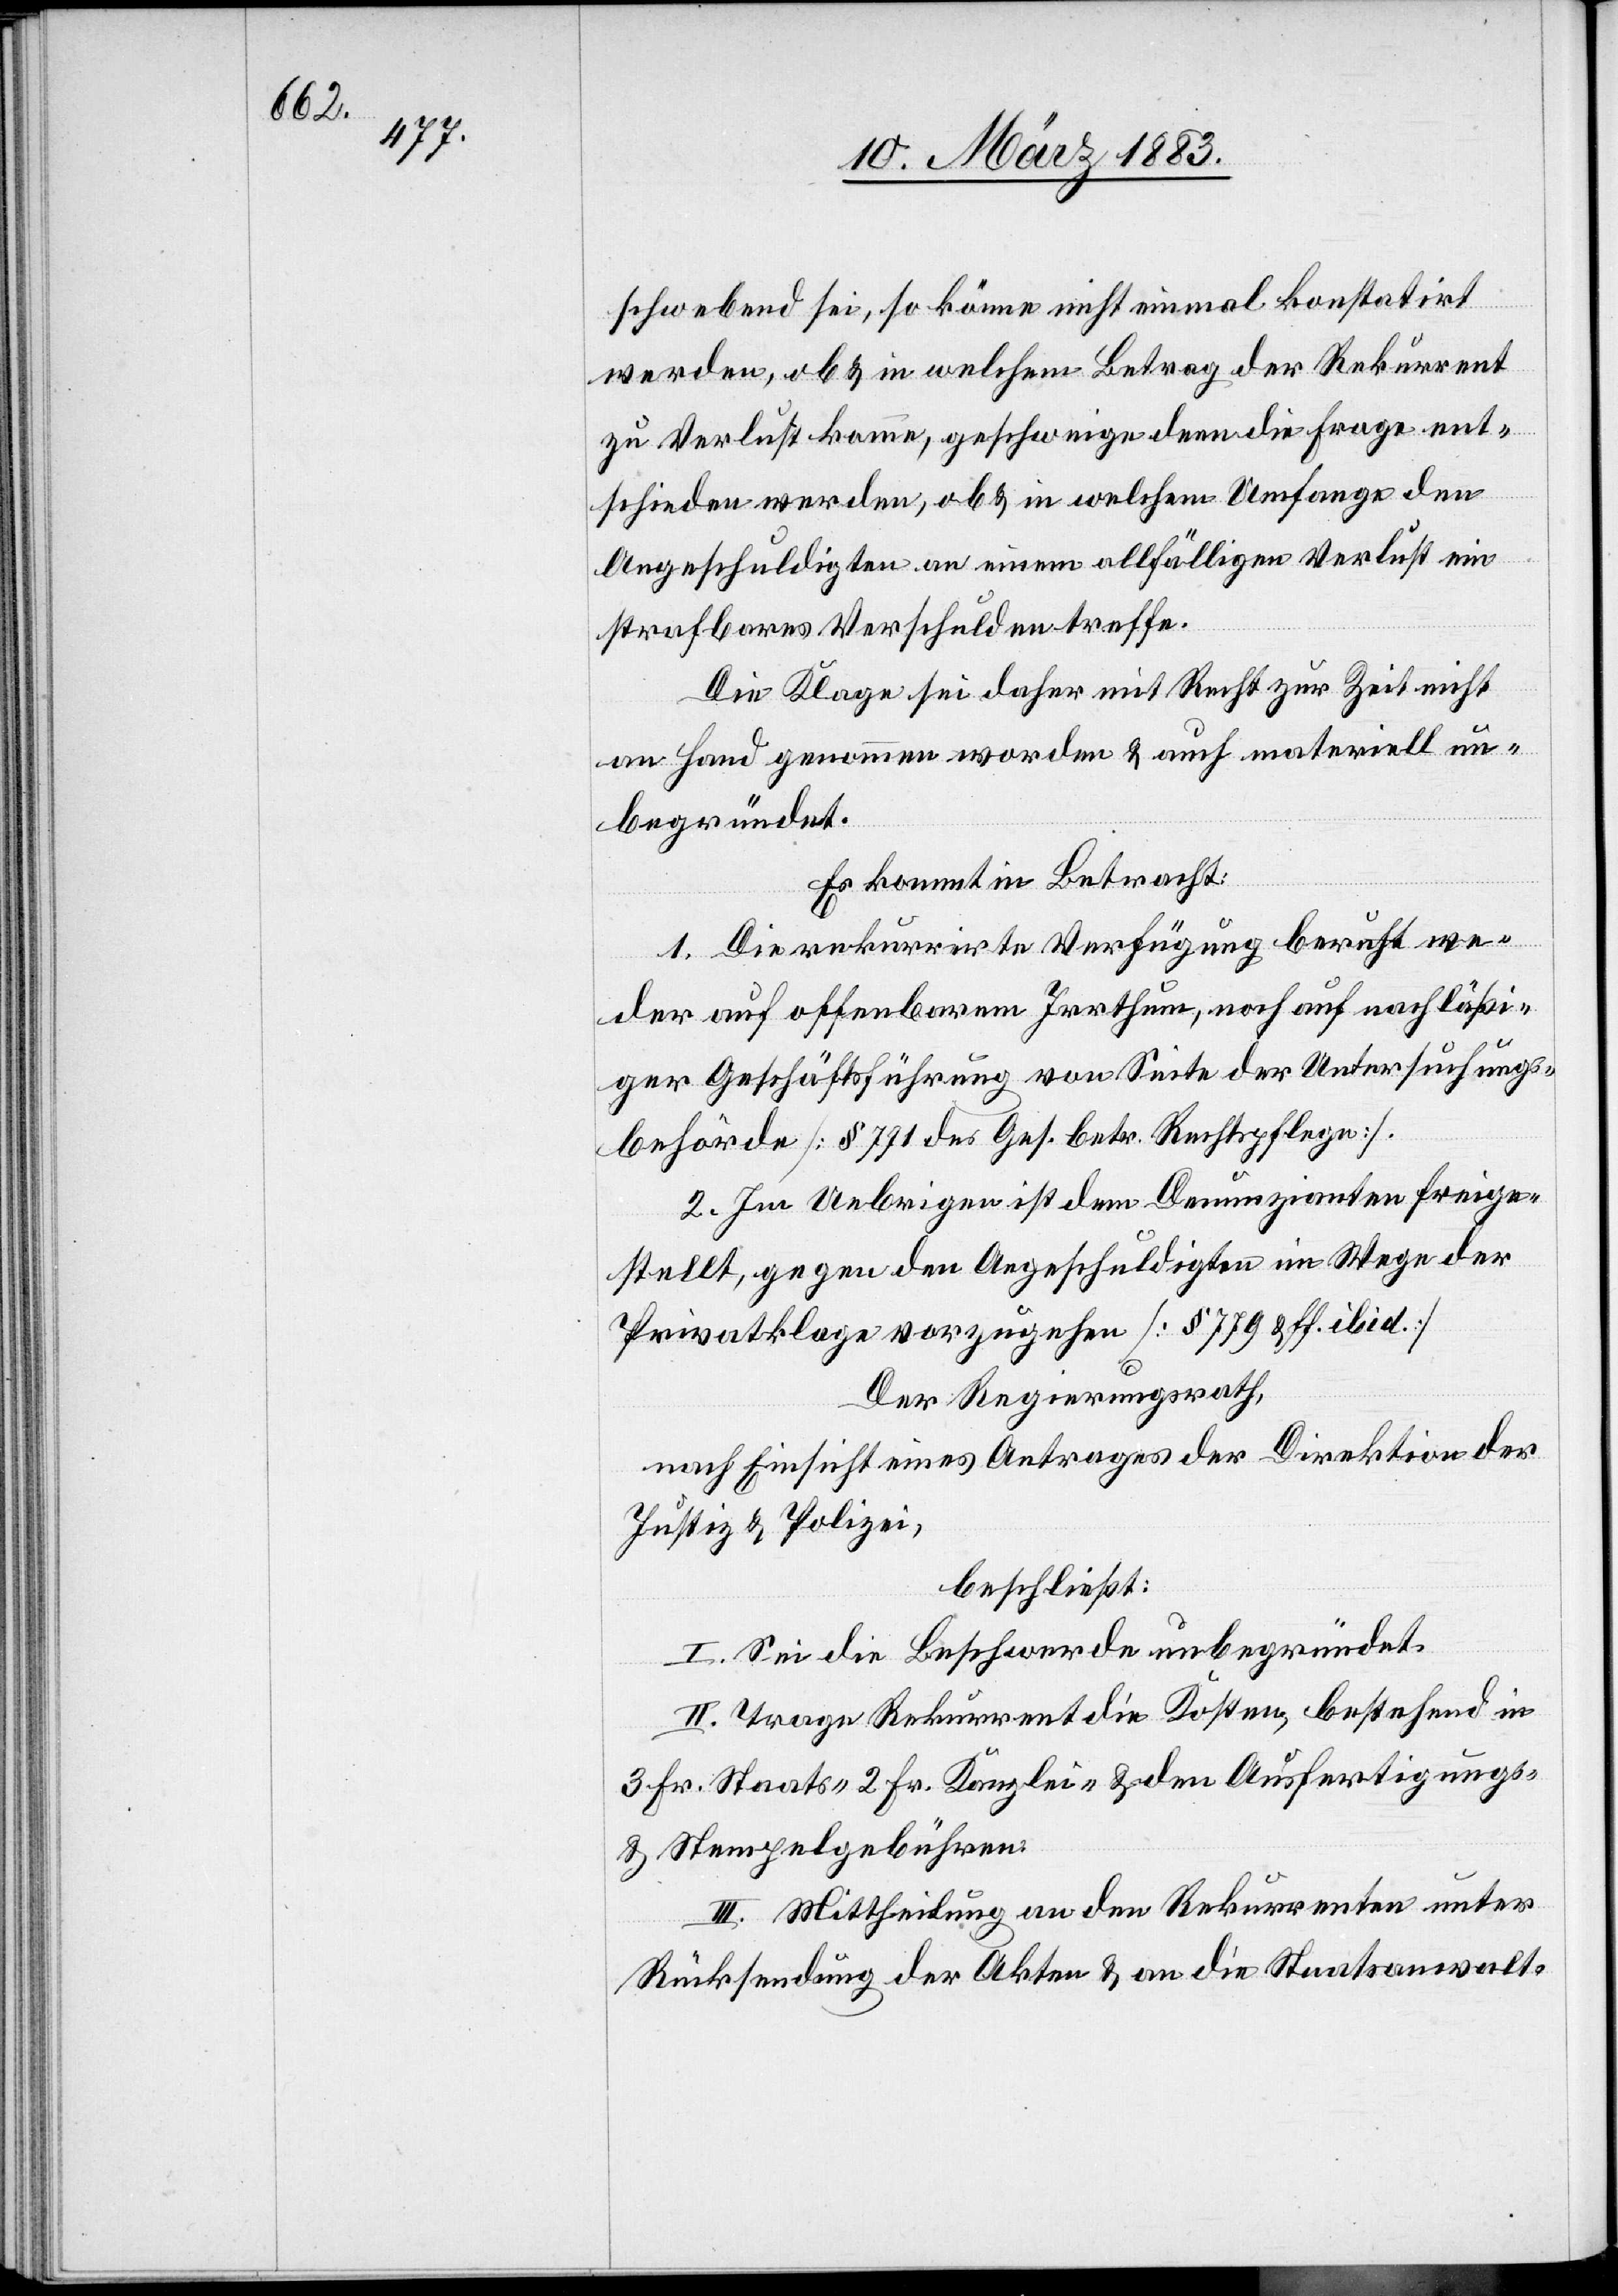
12.

tigen